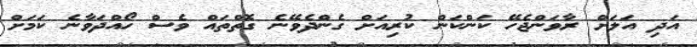
އަދި އަލަށް ރާވަންޖެހޭ ކަންކަން ކުރިއަށް ގެންދެވޭނެ ގޮތްތައް ވެސް ހޯއްދަވާނެ ކަމަށް